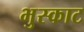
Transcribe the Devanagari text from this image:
भुस्काट